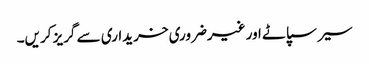
سیر سپاٹے اور غیرضروری خریداری سے گریز کریں۔